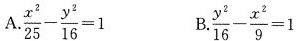
A.$$\frac{x^{2}}{25 - \frac{y^{2}}{16} = 1$$ B. $$\frac{y^{2}}{16} - \frac{x^{2}}{9} = 1$$